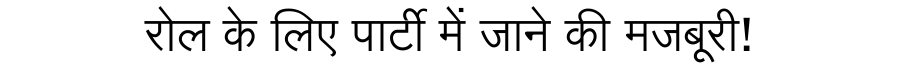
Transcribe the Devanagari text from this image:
रोल के लिए पार्टी में जाने की मजबूरी!